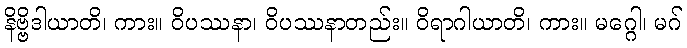
နိဗ္ဗိဒါယာတိ၊ ကား။ ဝိပဿနာ၊ ဝိပဿနာတည်း။ ဝိရာဂါယာတိ၊ ကား။ မဂ္ဂေါ၊ မဂ်